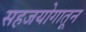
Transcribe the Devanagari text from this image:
सहजयोगातून